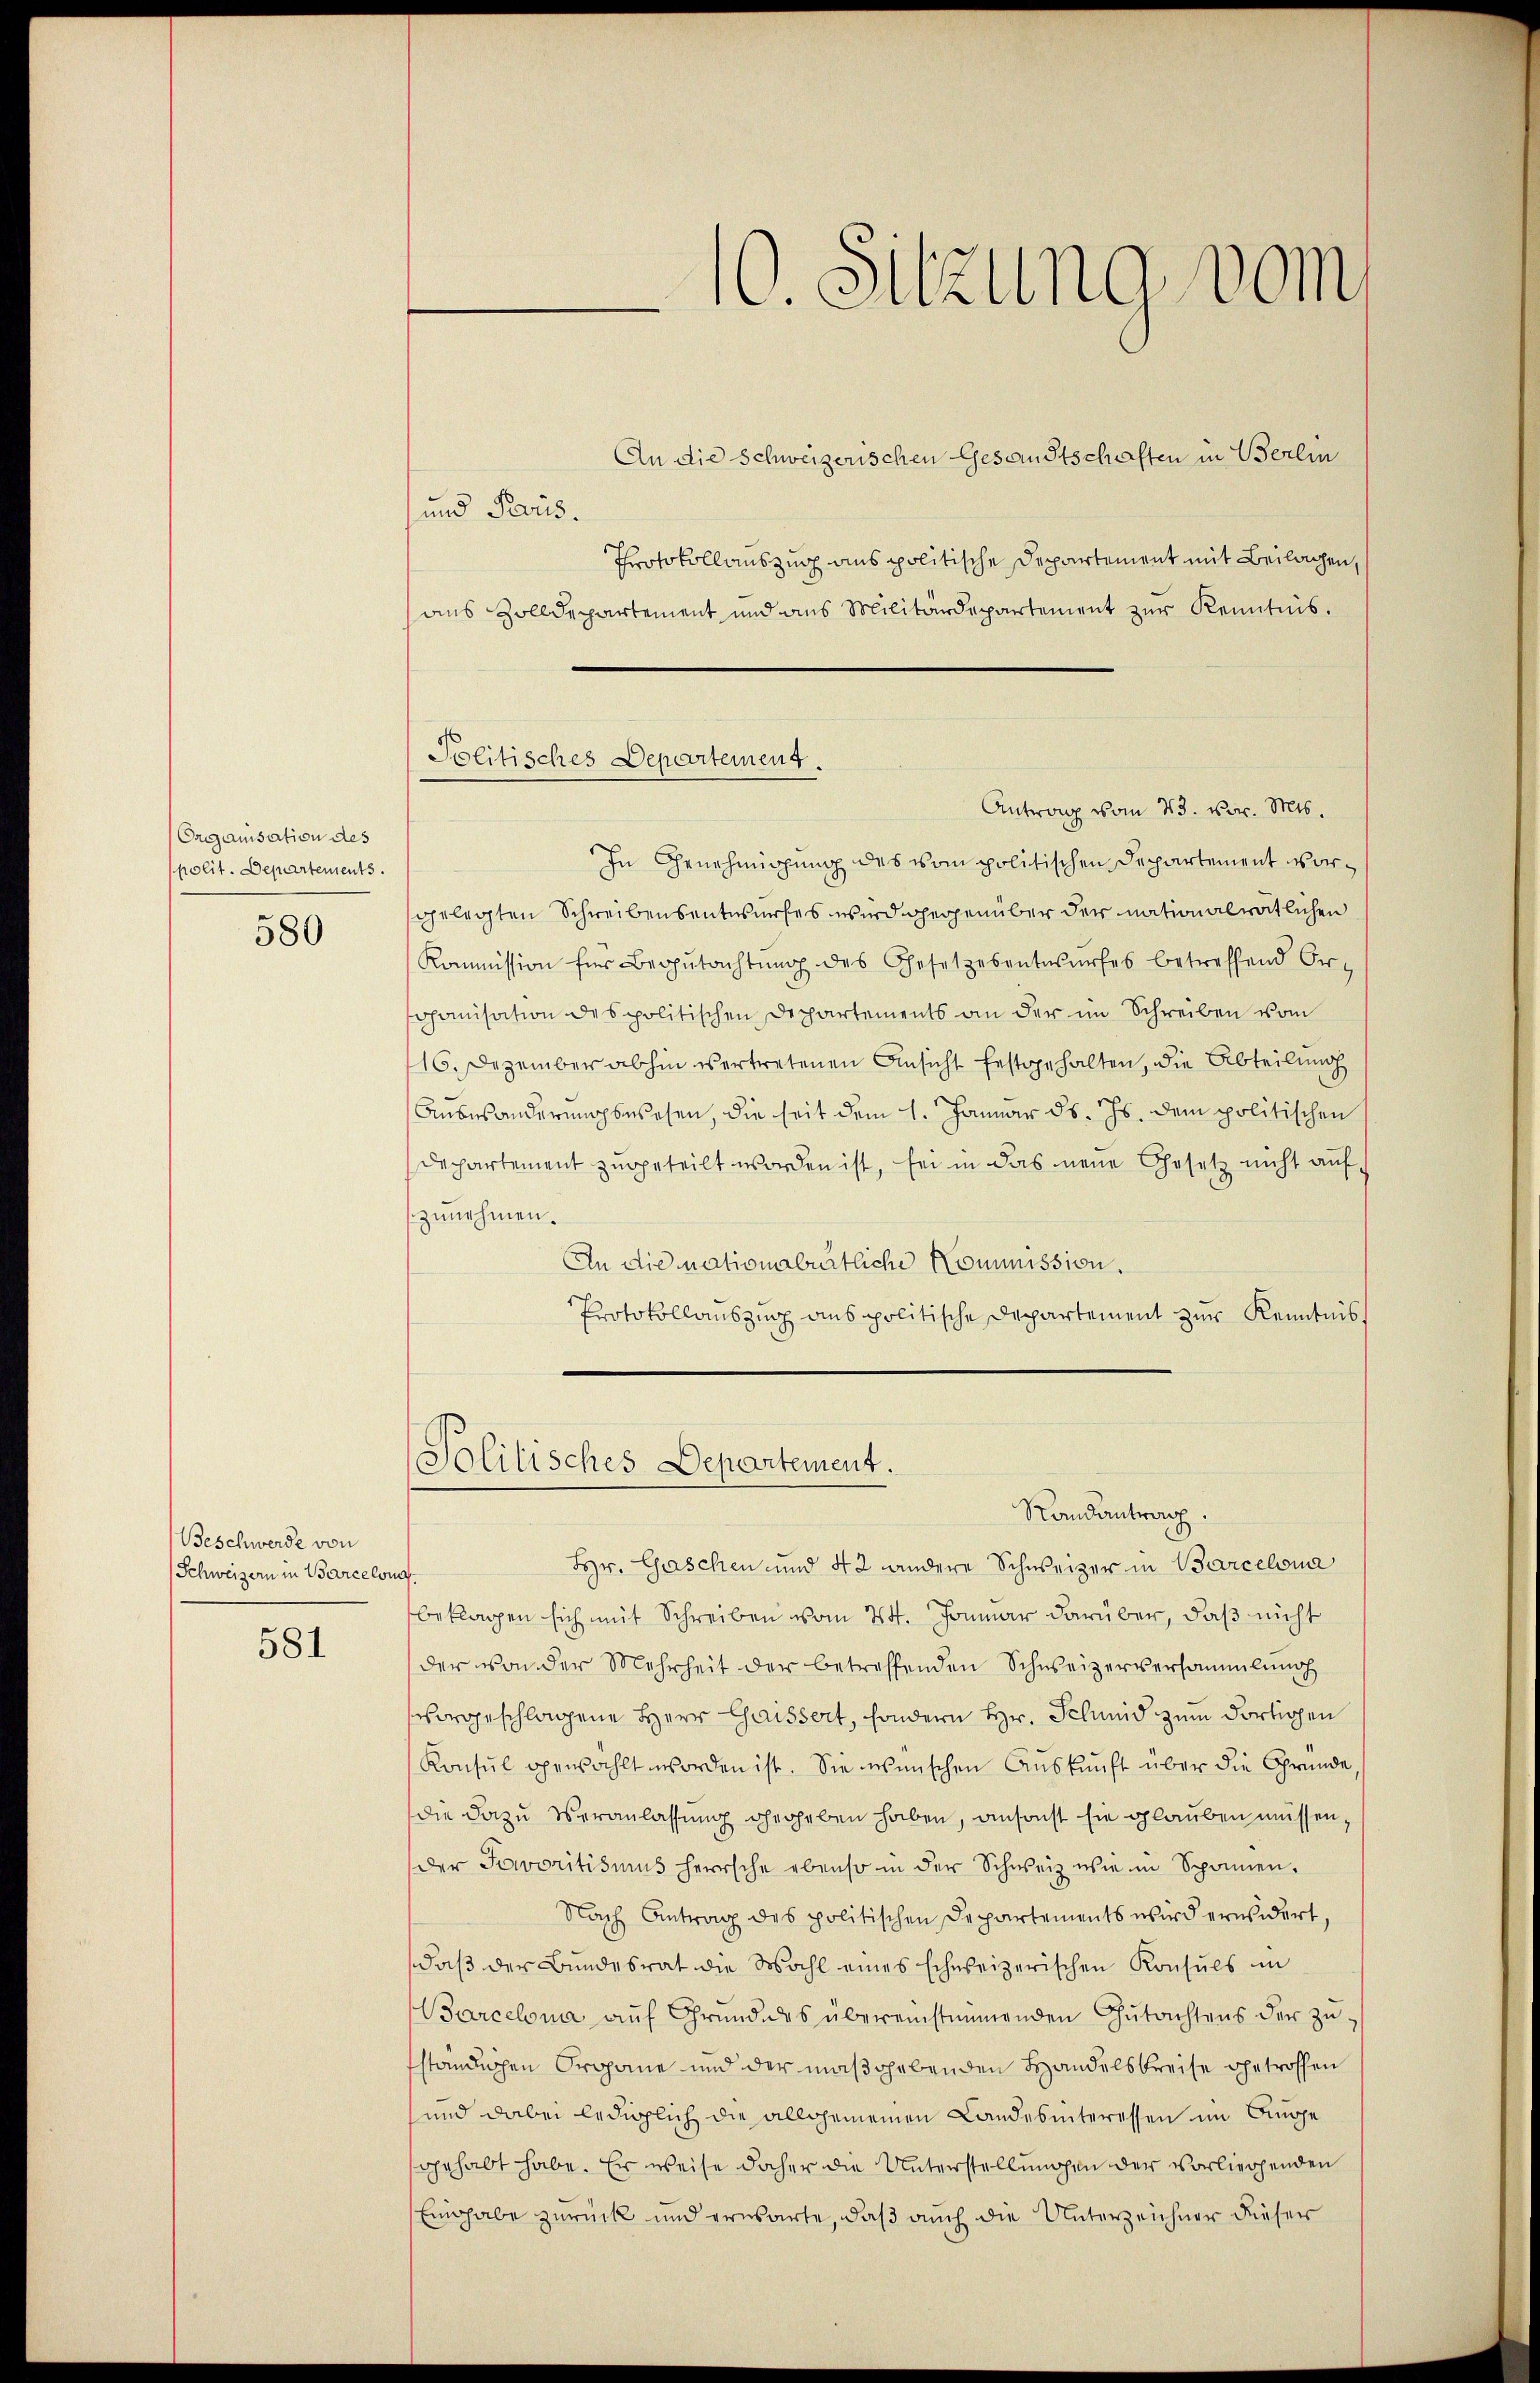
Organisation des
polit. Departements.

580

Beschwerde von
Schweizern in Barcelona.

581

An die Schweizerischen Gesandtschaften in Berlin
und Proris.
Protokollauszug aus politische Departement mit Beilagen,
aus Zolldepartement und aus Militärdepartement zur Kenntnis.
In Genehmigung des vom politischen Departement vorgelegten Schreibensentwurfes wird gegenüber der nationalrätlichen
Kommission für Begŭtachtŭng des Gesetzesentwŭrfes betreffend Or¬
Johanisation des politischen Departements an der im Schreiben vom
16. Dezember abhin vertretenen Ansicht festgehalten, die Abteilung
Anbesänderungswesen, die seit dem 1. Januar d. Js. dem politischen
dechartement zugeteilt worden ist, für in das neue Gesetz nicht auf
zunehmen.
An die nationalrätliche Kommission.
Protokollauszug aus politische Departement zur Kenntnis,
Politisches Departement.
Randantrag.
Hr. Geschen und 42 andere Schweizer in Barcelona
beklagen sich mit Schreiben vom 24. Januar darüber, daß nicht
der von der Mehrheit der betreffenden Schweizerversammlung
vorgeschlagene Herr Gaissert, sondern Hr. Schmid zum dortigen
Konsŭl gewählt worden ist. Sie wünschen Aŭskŭnft über die Gründe,
die dazu Veranlassung gegeben haben, ansonst sie glauben müssen,
der Fororitisims herrsche ebenso in der Schweiz wie in Spanien.
Nach Antrag des politischen Departements wird erwidert,
daβ der Bundesrat die Wahl eines schweizerischen Konsuls in
Barcelona auf Grund das übereinstimmenden Gutachtens der zu
sständlichen Organe und der maßgebenden Handelsbreise getroffen
und dabei lediglich die allgemeinen Landesinteressen im Auge
gehabt habe. Er weise daher die Unterstellungen der vorliegenden
Eingabe zurück und ernsarte, daß auch die Unterzeichner dieser

10. Sitzung vom

Politisches Departement.
Antrag vom 23. vor. Mts.